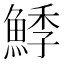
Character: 鯚